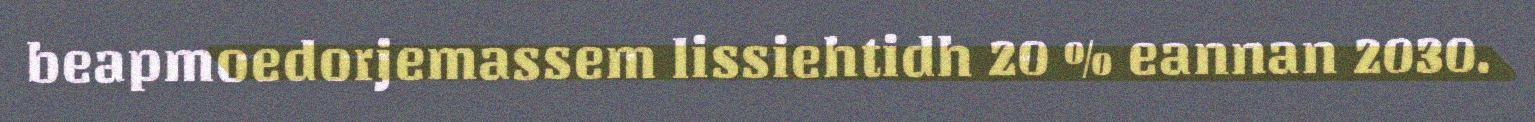
beapmoedorjemassem lissiehtidh 20 % eannan 2030.